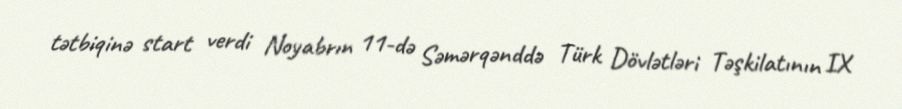
tətbiqinə start verdi Noyabrın 11-də Səmərqənddə Türk Dövlətləri Təşkilatının IX